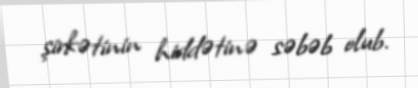
şirkətinin hiddətinə səbəb olub.